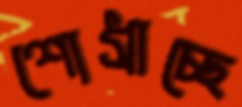
শোধ্‌রাচ্ছে